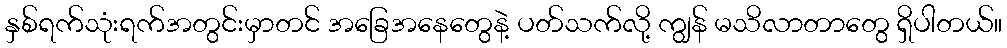
နှစ်ရက်သုံးရက်အတွင်းမှာတင် အခြေအနေတွေနဲ့ ပတ်သက်လို့ ကျွန် မသိလာတာတွေ ရှိပါတယ်။